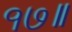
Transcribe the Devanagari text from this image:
१७॥